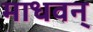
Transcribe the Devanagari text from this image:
माधवन्